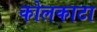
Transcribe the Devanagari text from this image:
कोलकाटा